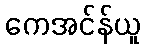
ကေအင်န်ယူ